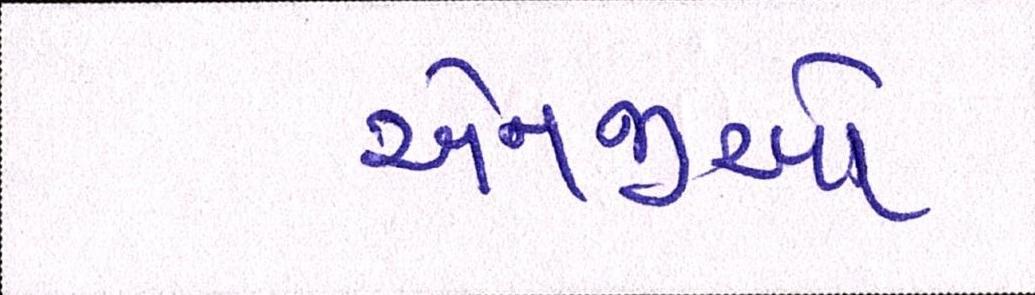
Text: એનજીઓ